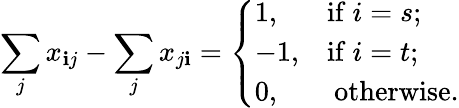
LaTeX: \sum_{j}x_{\mathbf{i}j}-\sum_{j}x_{j\mathbf{i}}={\left\{ \begin{array}{ll}{1,}&{{\mathrm{if~}}i=s;}\\ {-1,}&{{\mathrm{if~}}i=t;}\\ {0,}&{{\mathrm{~otherwise.}}}\end{array}\right.}